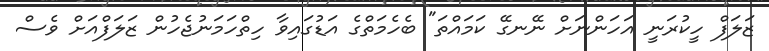
ޒަލަފް ހީކުރަނީ އަހަންނަށް ނޭނގޭ ކަމައްތަ" ބެހެމަތްގެ އަޑުގައިވާ ހިތްހަމަނުޖެހުން ޒަލަފްއަށް ވެސް